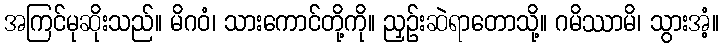
အကြင်မုဆိုးသည်။ မိဂဝံ၊ သားကောင်တို့ကို။ ညှဉ်းဆဲရာတောသို့။ ဂမိဿာမိ၊ သွားအံ့။